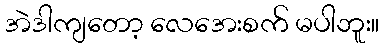
အဲဒါကျတော့ လေအေးစက် မပါဘူး။